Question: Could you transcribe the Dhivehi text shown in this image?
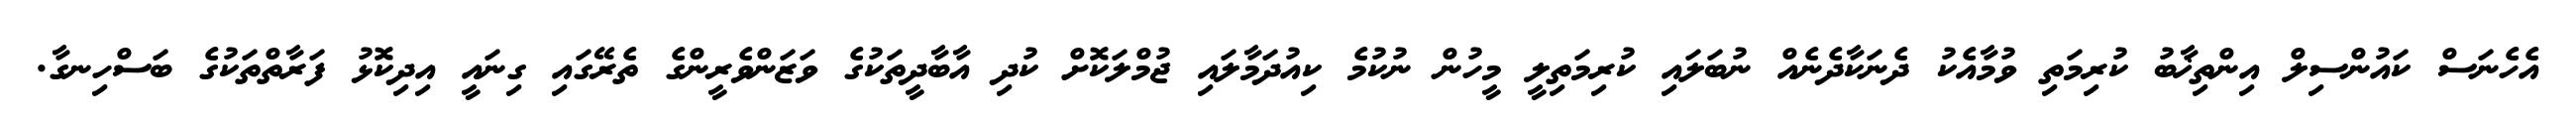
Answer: އެހެނަސް ކައުންސިލް އިންތިޚާބު ކުރިމަތި ވުމާއެކު ދެނަކާދެނެއް ނުބަލައި ކުރިމަތިލީ މީހުން ނުކުމެ ކިއުދަމާލައި ޖުމްލަކޮށް ކުދި އާބާދީތަކުގެ ވަޒަންވެރީންގެ ތެރޭގައި ގިނައީ އިދިކޮޅު ފަރާތްތަކުގެ ބަސްހިނގާ.